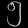
Digit: ၅